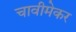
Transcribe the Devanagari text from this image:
चावीमेकर